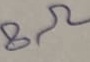
Text: 8Ω